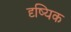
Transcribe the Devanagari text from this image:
दृष्यिक